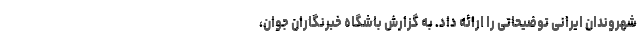
شهروندان ایرانی توضیحاتی را ارائه داد. به گزارش باشگاه خبرنگاران جوان،